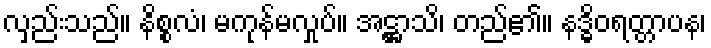
လှည်းသည်။ နိစ္စလံ၊ မကုန်မလှုပ်။ အဋ္ဌာသိ၊ တည်၏။ နဒ္ဓိဝရတ္တာပန၊